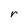
Character: r